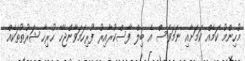
މުހިންމު ކަމެއް ކަމަށާއި ނަމަވެސް އެ ބިލް ފާސްކުރާއިރު ފުރިހަމަވާންޖެހޭ ހުރިހާ ޝަރުތުތަކެއް